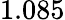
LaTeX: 1.085